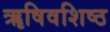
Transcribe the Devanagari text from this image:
ॠषिवशिष्ठ